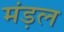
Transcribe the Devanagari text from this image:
मंड़ल